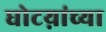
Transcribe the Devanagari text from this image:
घोटय़ांच्या